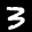
Label: 3